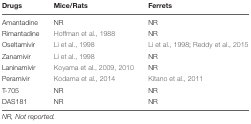
<table><thead><tr><td><b>Drugs</b></td><td><b>Mice/Rats</b></td><td><b>Ferrets</b></td></tr></thead><tbody><tr><td>Amantadine</td><td>NR</td><td>NR</td></tr><tr><td>Rimantadine</td><td>Hoffman et al., 1988</td><td>NR</td></tr><tr><td>Oseltamivir</td><td>Li et al., 1998</td><td>Li et al., 1998; Reddy et al., 2015</td></tr><tr><td>Zanamivir</td><td>Li et al., 1998</td><td>NR</td></tr><tr><td>Laninamivir</td><td>Koyama et al., 2009, 2010</td><td>NR</td></tr><tr><td>Peramivir</td><td>Kodama et al., 2014</td><td>Kitano et al., 2011</td></tr><tr><td>T-705</td><td>NR</td><td>NR</td></tr><tr><td>DAS181</td><td>NR</td><td>NR</td></tr></tbody></table>